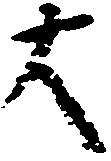
大